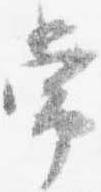
常